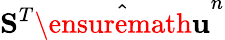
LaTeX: \mathbf{S}^{T}\hat{\ensuremath{\mathbf{u}}}^{n}